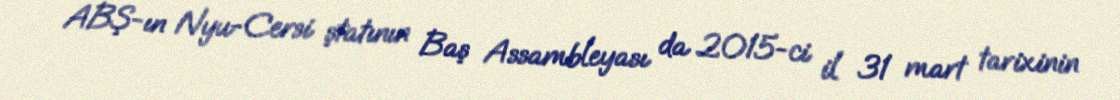
ABŞ-ın Nyu-Cersi ştatının Baş Assambleyası da 2015-ci il 31 mart tarixinin